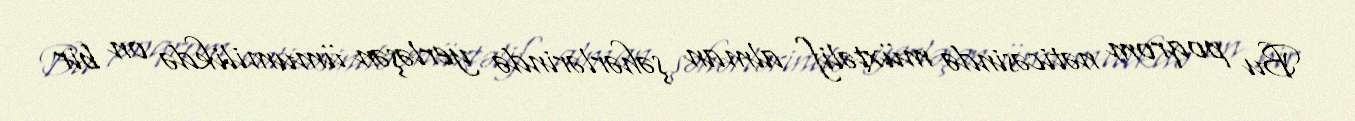
Bu poqrom nəticəsində müxtəlif alman şəhərlərində yerləşən ümumilikdə on bir